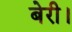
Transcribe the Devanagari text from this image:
बेरी।